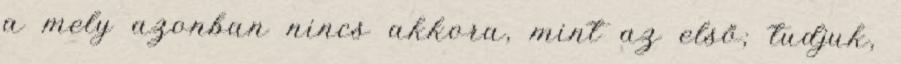
a mely azonban nincs akkora, mint az első; tudjuk,